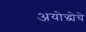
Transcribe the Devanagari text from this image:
अयोद्ध्येचे